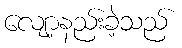
လျော့နည်းခဲ့သည်